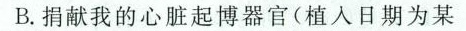
B.我的心脏起博器官(植人日期为某